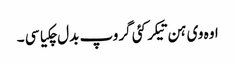
اوہ وی ہن تیکر کئی گروپ بدل چکیا سی ۔